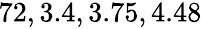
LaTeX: \! \! \! \! \! \! \! \! \! \! \! \! \! \! \! \! \! \! \! \! \! \! \! \overline{{\epsilon}}_{r}\! \! =\! \! \{ 2,2.72,3.4,3.75,4.48\} \! \! \!